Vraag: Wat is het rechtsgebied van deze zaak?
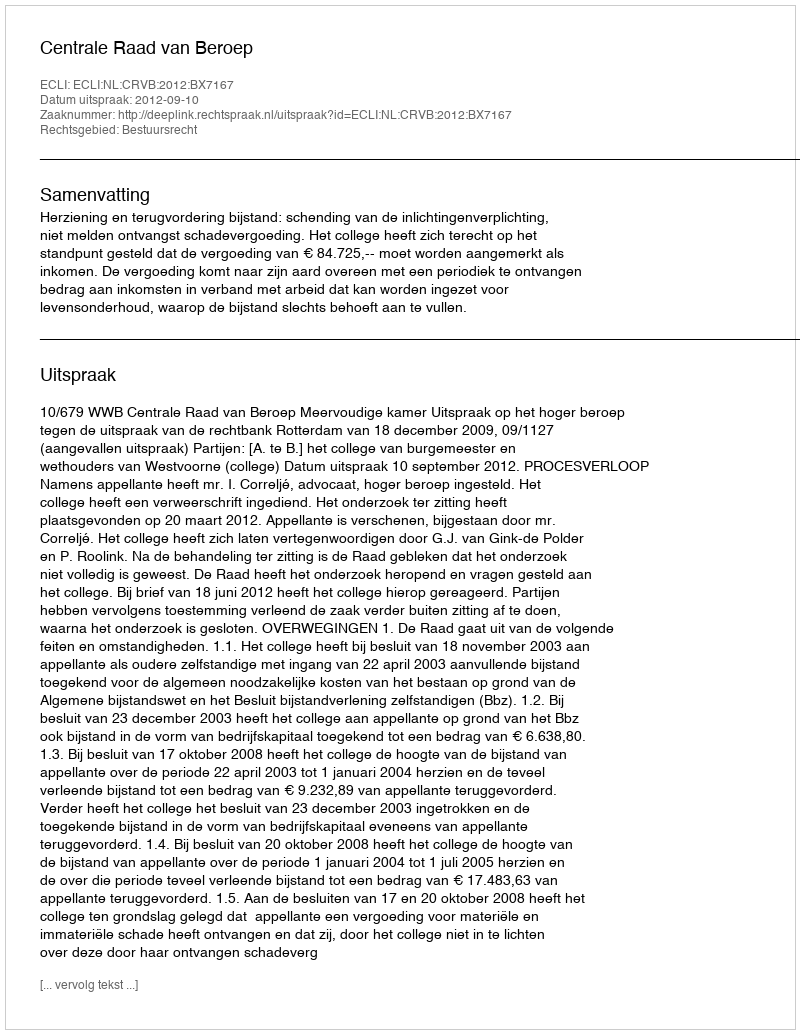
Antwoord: Bestuursrecht